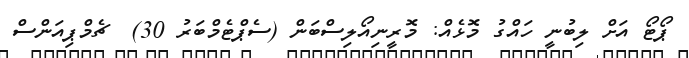
ޕޯޓޯ އަށް ލިބުނީ ހައްގު މޮޅެއް: މޮރީނިއޯލިސްބަން (ސެޕްޓެމްބަރު 30)  ޗެމްޕިއަންސް